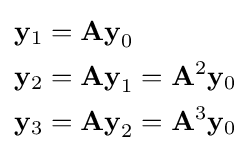
{\begin{aligned}\mathbf {y} _{1}&=\mathbf {Ay} _{0}\\\mathbf {y} _{2}&=\mathbf {Ay} _{1}=\mathbf {A} ^{2}\mathbf {y} _{0}\\\mathbf {y} _{3}&=\mathbf {Ay} _{2}=\mathbf {A} ^{3}\mathbf {y} _{0}\end{aligned}}